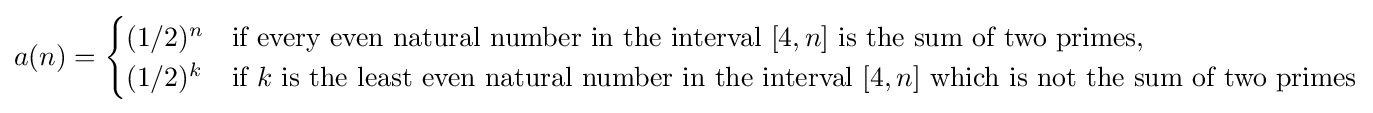
a(n)={\begin{cases}(1/2)^{n}&{\mbox{if every even natural number in the interval }}[4,n]{\mbox{ is the sum of two primes}},\\(1/2)^{k}&{\mbox{if }}k{\mbox{ is the least even natural number in the interval }}[4,n]{\mbox{ which is not the sum of two primes}}\end{cases}}